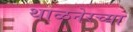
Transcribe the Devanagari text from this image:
थाळनेरच्या